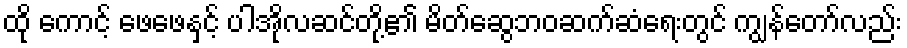
ထို ကောင့် ဖေဖေနှင့် ပါအိုလဆင်တို့၏ မိတ်ဆွေဘဝဆက်ဆံရေးတွင် ကျွန်တော်လည်း